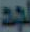
لجد